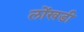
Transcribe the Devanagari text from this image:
लोंखडी